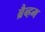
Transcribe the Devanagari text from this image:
ब्रैब्हम